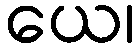
ယေ၊